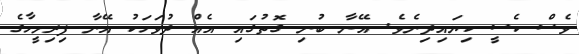
ވެސް ކެސީ ކިޔައިދިނެވެ. އޭނާ ބުނި ގޮތުގައި އެއް ދުވަހަކު އޭނާ ފިރިމީހާގެ